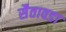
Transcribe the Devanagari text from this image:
सैतावडा